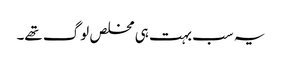
یہ سب بہت ہی مخلص لوگ تھے۔